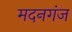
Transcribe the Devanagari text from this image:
मदनगंज